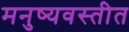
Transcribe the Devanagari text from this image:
मनुष्यवस्तीत